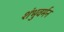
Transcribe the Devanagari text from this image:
शंभुवर्मन